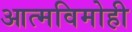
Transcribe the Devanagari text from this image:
आत्मविमोही